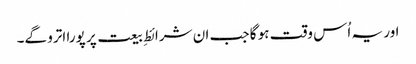
اور یہ اُس وقت ہو گا جب ان شرائطِ بیعت پر پورا اترو گے۔